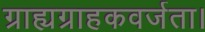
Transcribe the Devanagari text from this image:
ग्राह्यग्राहकवर्जता।